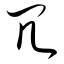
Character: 冗